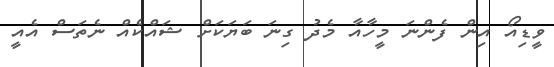
ވީޑިއޯ އިން ފެންނަ މީހާއާ މެދު ގިނަ ބަޔަކަށް ޝައްކެއް ނެތަސް އެއީ